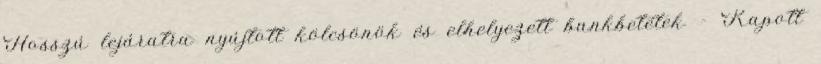
Hosszú lejáratra nyújtott kölcsönök és elhelyezett bankbetétek – Kapott